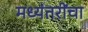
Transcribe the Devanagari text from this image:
मध्यंतरींचा